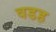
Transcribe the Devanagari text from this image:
वडह